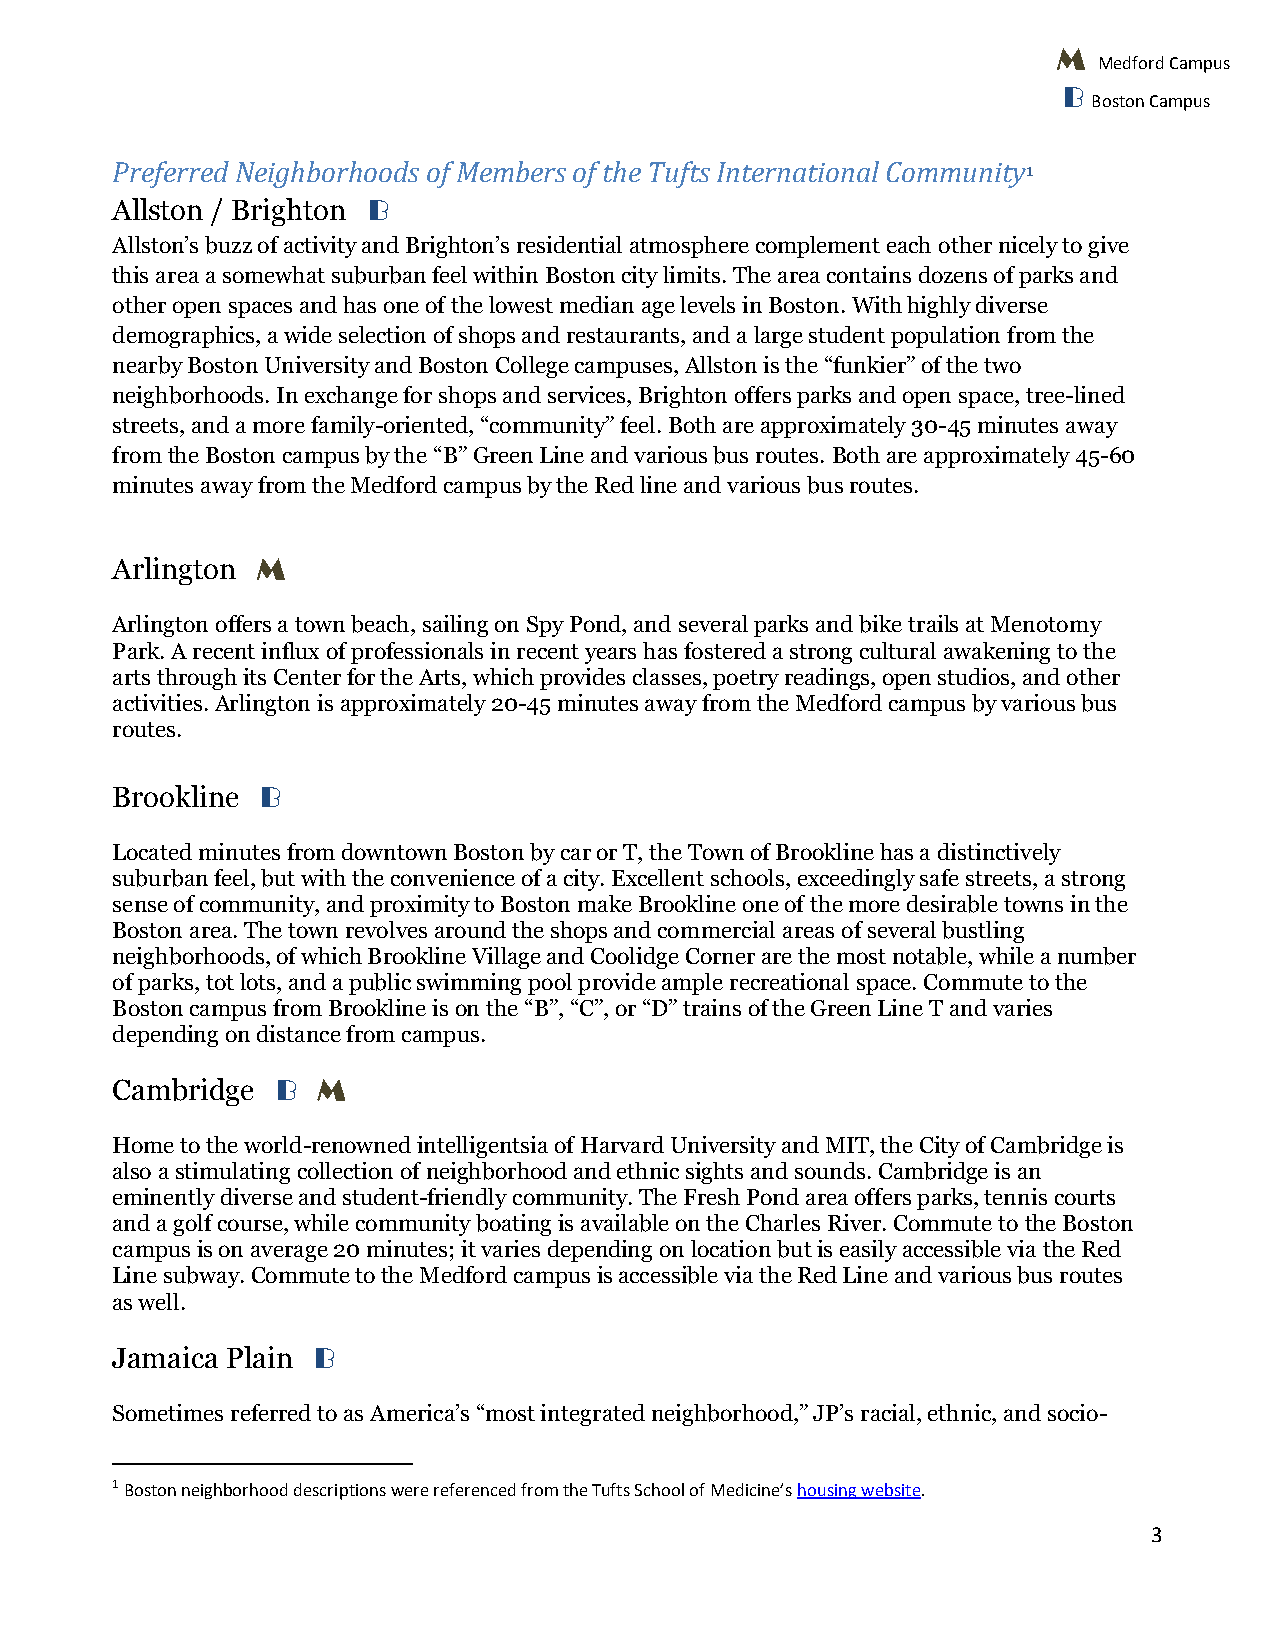
M
 Medford Campus
 B
 Boston Campus
 Preferred Neighborhoods of Members of the Tufts International Community1
 Allston / Brighton B
 Allston’s buzz of activity and Brighton’s residential atmosphere complement each other nic e l y t o g i v e
 this area a somewhat suburban feel within Boston city limits. The area contains dozens of parks and
 other open spaces and has one of the lowest median age levels in Boston. With highly diverse
 demographics, a wide selection of shops and restaurants, and a large student population from the
 nearby Boston University and Boston College campuses, Allston is the “funkier” of the two
 neighborhoods. In exchange for shops and services, Brighton offers parks and open space, tree-lined
 streets, and a more family-oriented, “community” feel. Both are approximately 30-45 minutes away
 from the Boston campus by the “B” Green Line and various bus routes. Both are approximately 45-60
 minutes away from the Medford campus by the Red line and various bus routes.
 Arlington M
 Arlington offers a town beach, sailing on Spy Pond, and several parks and bike trails at Menotomy
 Park. A recent influx of professionals in recent years has fostered a strong cultural awakening to the
 arts through its Center for the Arts, which provides classes, poetry readings, open studios, and other
 activities. Arlington is approximately 20-45 minutes away from the Medford campus by various bus
 routes.
 Brookline B
 Located minutes from downtown Boston by car or T, the Town of Brookline has a distinctively
 suburban feel, but with the convenience of a city. Excellent schools, exceedingly safe streets, a strong
 sense of community, and proximity to Boston make Brookline one of the more desirable towns in the
 Boston area. The town revolves around the shops and commercial areas of several bustling
 neighborhoods, of which Brookline Village and Coolidge Corner are the most notable, while a number
 of parks, tot lots, and a public swimming pool provide ample recreational space. Commute to the
 Boston campus from Brookline is on the “B”, “C”, or “D” trains of the Green Line T and varies
 depending on distance from campus.
 Cambridge  B  M
 Home to the world-renowned intelligentsia of Harvard University and MIT, the City of Cambridge is
 also a stimulating collection of neighborhood and ethnic sights and sounds. Cambridge is an
 eminently diverse and student-friendly community. The Fresh Pond area offers parks, tennis courts
 and a golf course, while community boating is available on the Charles River. Commute to the Boston
 campus is on average 20 minutes; it varies depending on location but is easily accessible via the Red
 Line subway. Commute to the Medford campus is accessible via the Red Line and various bus routes
 as well.
 Jamaica Plain B
 Sometimes referred to as America’s “most integrated neighborhood,” JP’s racial, ethnic, and socio-
 1 Boston neighborhood descriptions were referenced from the Tufts School of Medicine’s housing website.
 3